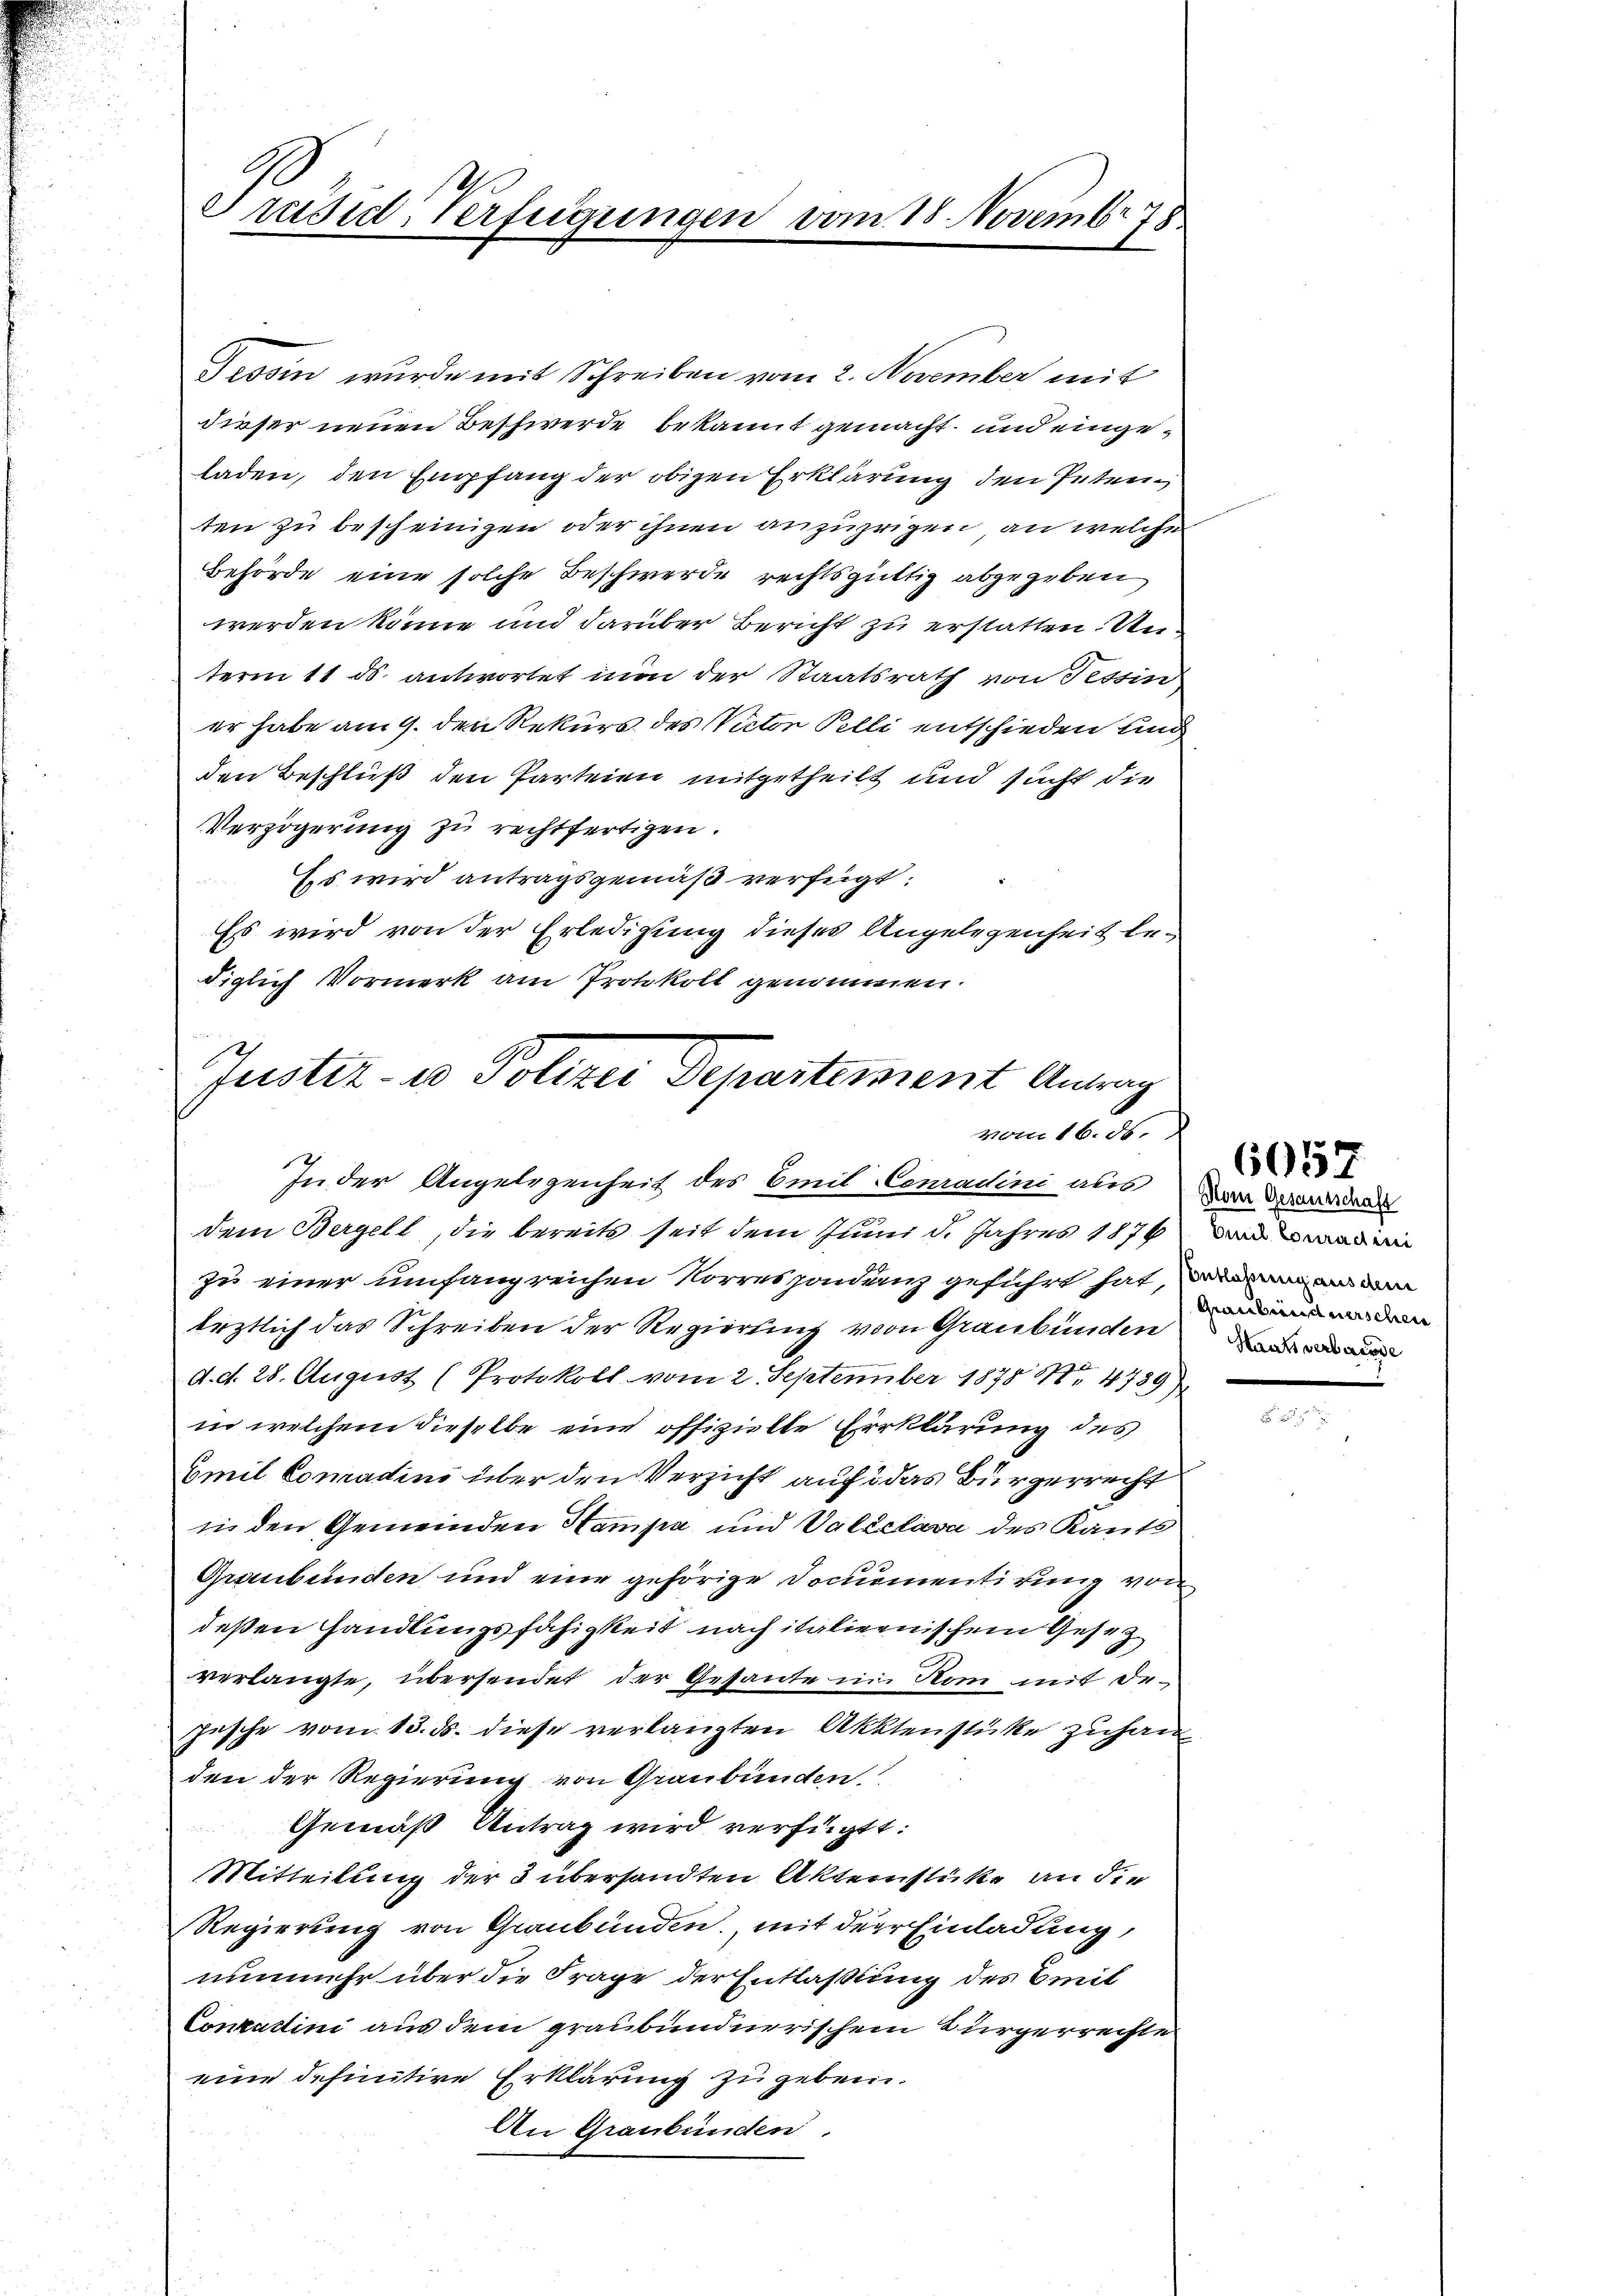
Tessin wurde mit Schreiben vom 2. November mit
dieser neuen Beschwerde bekannt gemacht, und eingeladen, den Empfang der obigen Erklärung den Petenten zu bescheinigen oder ihnen anzuzeigen, an welche
Behörde eine solche Beschwerde rechtsgüttig abgegeben
werden könne und darüber Bericht zu erstatten. Unterm 11 ds. antwortet nun der Staatsrath von Tessin
er habe am 9. den Rekurs des Victor Pelli entschieden und
den Beschluß den Parteien mitgetheilt und sucht die
Verzögerung zu rechtfertigen.
Es wird antragsgemäß verfügt:
Es wird von der Erledigung dieses Angelegenheit bediglich Vormerk am Protokoll genommen.
Justiz- u Polizei Departement Antrag

Präsid. Verfügungen vom 18. Novembr 78

vom 16. ds.

In der Angelegenheit des Emil Conradini aus
dem Bergell, die bereits seit dem Juni d. Jahres 1876 da
zu einer umfangreichen Vorrespondenz geführt hat, denen an am
leztlich das Schreiben der Regierung von Graubünden
12
d. d. 28. August (Protokoll vom 2. September 1878 M. 4739)
in welchem dieselbe eine offizielle Erklärung des
Emil Comadini über den Verzicht auf das Bürgerrecht
in den Gemeinden Hampa und Valeelava des Kauts
Graubünden und eine gehörige Documentirung von
deßen Handlungsfähigkeit nach italienischem Gesezverlangte, übersendet der Gesandte in Rom mit Dr.
jesche vom 13. ds. diese verlangten Aktenstüke zuhan
den der Regierung von Graubünden
Gemäß Antrag wird verfügt:
Mitteilung der 3 übersandten Aktenstücke an die
Regierung von Graubünden, mit der Einladung,
nunmehr über die Frage der Entlaßung des Emil
Conzattini aus dem graubündnerischem Bürgerrechte
eine definitive Erklärung zu geben.
An Graubünden.

Mon Gesamtschaft
Graubündnerschen

6057